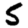
Digit: 5